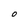
Character: O